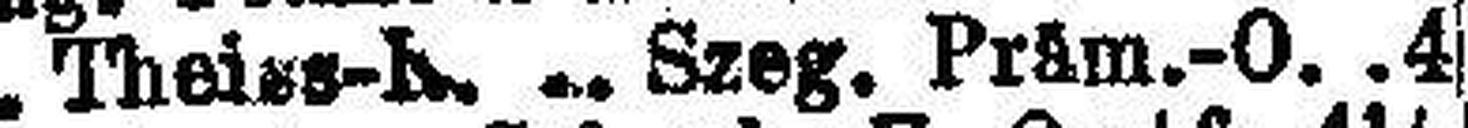
U. Theiss-K. Szeg. Präm.-O. 4